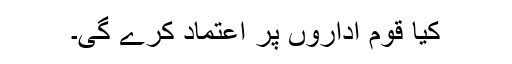
کیا قوم اداروں پر اعتماد کرے گی۔